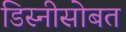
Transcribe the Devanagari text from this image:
डिस्नीसोबत